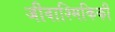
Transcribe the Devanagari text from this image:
जीवाश्मिकिकी